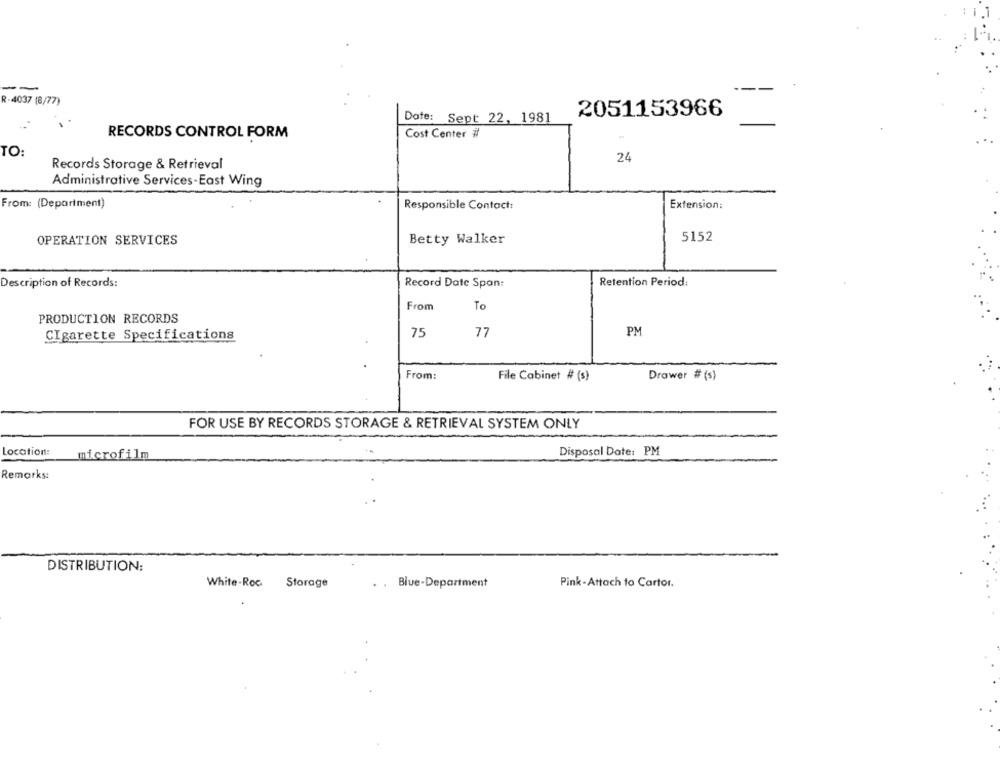
-
R-4037 (8/77)
2051153966
Date: Sept 22, 1981
RECORDS CONTROL FORM
Cost Center #
TO:
24
Records Storage & Retrieval
Administrative Services-East Wing
From: (Department)
Responsible Contact:
Extension:
5152
OPERATION SERVICES
Betty Walker
Description of Records:
Record Date Span:
Retention Period:
From
To
PRODUCTION RECORDS
PM
CIgarette Specifications
75
77
From:
Drawer # (s)
File Cabinet # (s)
FOR USE BY RECORDS STORAGE & RETRIEVAL SYSTEM ONLY
Location:
Disposal Date: PM
microfilm
Remarks:
DISTRIBUTION:
Storage
. Blue-Department
Pink -Attach to Cartor.
White -Roc.